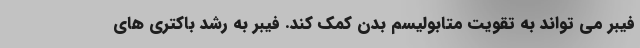
فیبر می تواند به تقویت متابولیسم بدن کمک کند. فیبر به رشد باکتری های